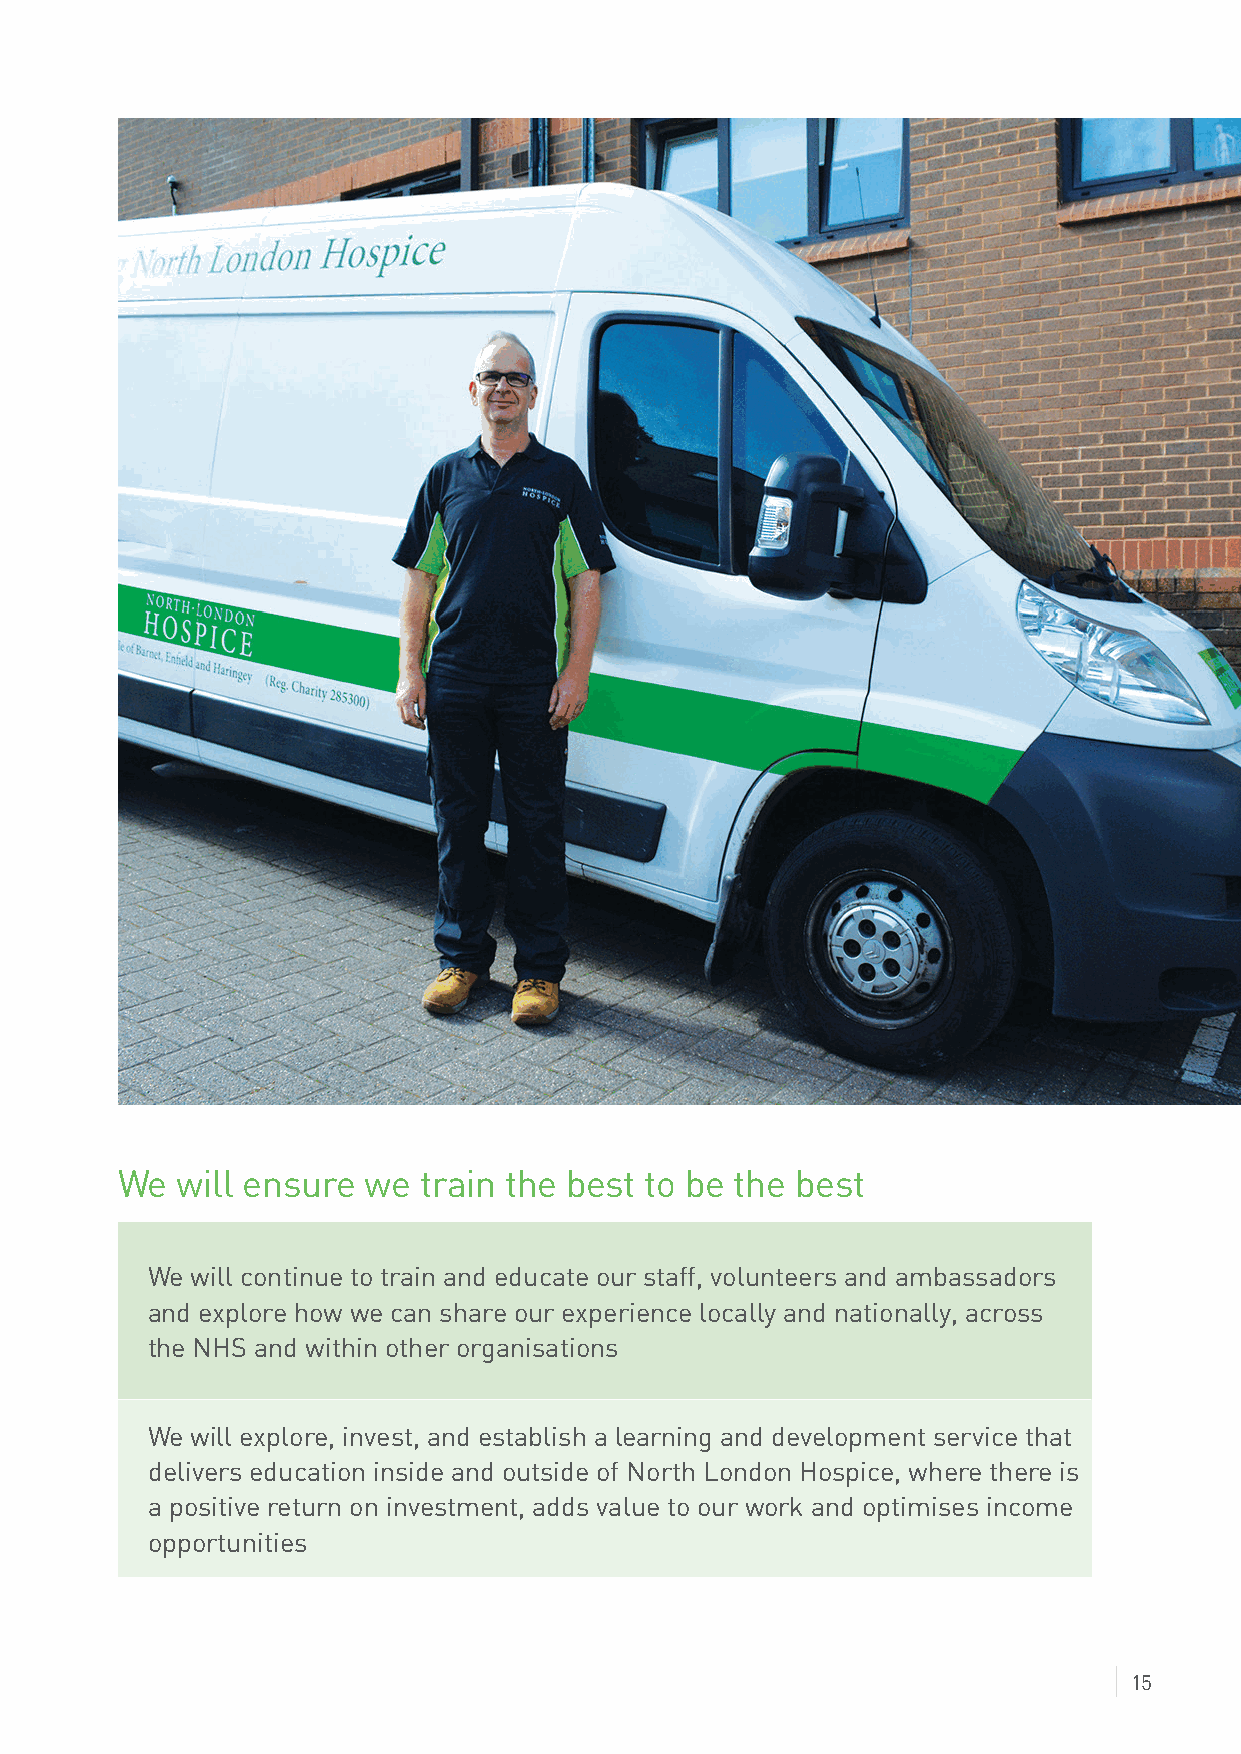
We  will ensure we  train the best to be the best
 We will continue to train and educate our staff, volunteers and ambassadors
 and explore how we can share our experience locally and nationally, across
 the NHS and within other organisations
 We will explore, invest, and establish a learning and development service that
 delivers education inside and outside of North London Hospice, where there is
 a positive return on investment, adds value to our work and optimises income
 opportunities
 15